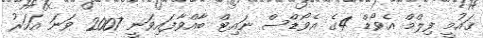
ޤައުމީ ފިލްމް އެވޯޑް 4ގެ އެވޯޑްސް ނައިޓް ބާއްވާފައިވަނީ 2007 ވަނަ އަހަރު